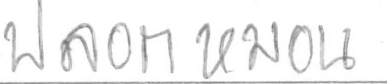
ปลอกหมอน